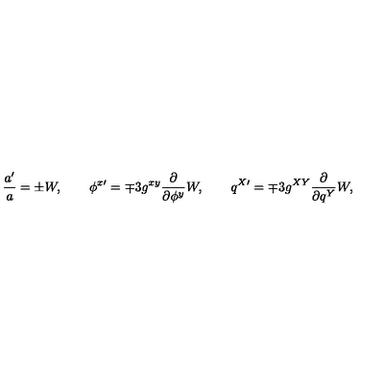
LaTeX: \frac { a ^ { \prime } } { a } = \pm W , \qquad \phi ^ { x \prime } = \mp 3 g ^ { x y } \frac { \partial } { \partial \phi ^ { y } } W , \qquad q ^ { X \prime } = \mp 3 g ^ { X Y } \frac { \partial } { \partial q ^ { Y } } W ,